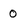
Character: 0